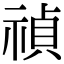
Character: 禎